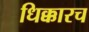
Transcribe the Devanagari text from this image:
धिक्कारच